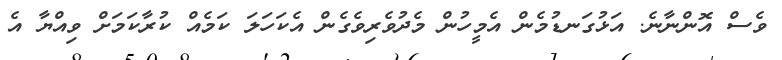
ވެސް އޮންނާނެ. އަޅުގަނޑުމެން އެމީހުން މެދުވެރިވެގެން އެކަހަލަ ކަމެއް ކުރާކަމަށް ވިއްޔާ އެ